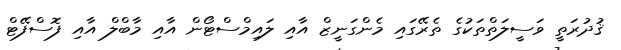
ޤުދުރަތީ ވަސީލަތްތަކުގެ ތެރޭގައި މެންގަނީޒް އާއި ލައިމްސްޓޯން އާއި މާބްލް އާއި ފޮސްފޭޓް